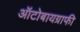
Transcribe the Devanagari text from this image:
ऑटोबायग्राफी